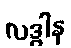
လဒ္ဓါန